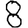
Digit: 8